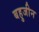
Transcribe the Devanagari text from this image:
बहुजीन